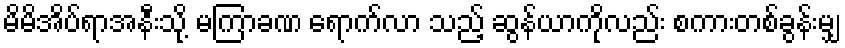
မိမိအိပ်ရာအနီးသို့ မကြာခဏ ရောက်လာ သည့် ဆွန်ယာကိုလည်း စကားတစ်ခွန်းမျှ